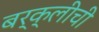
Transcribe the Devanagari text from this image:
बर्क्लीची